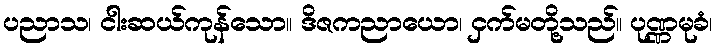
ပညာသ၊ ငါးဆယ်ကုန်သော။ ဒိဇကညာယော၊ ငှက်မတို့သည်။ ပုဏ္ဏမုခံ၊